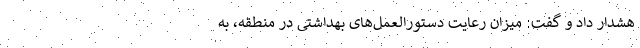
هشدار داد و گفت: میزان رعایت دستورالعمل‌های بهداشتی در منطقه، به